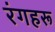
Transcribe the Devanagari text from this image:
रंगहरू